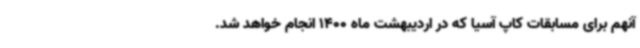
آنهم برای مسابقات کاپ آسیا که در اردیبهشت ماه 1400 انجام خواهد شد.